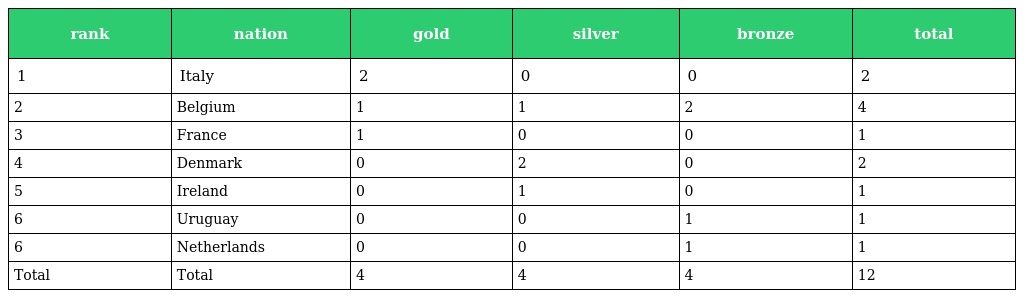
| rank | nation | gold | silver | bronze | total |
 | --- | --- | --- | --- | --- | --- |
 | 1 | Italy | 2 | 0 | 0 | 2 |
 | 2 | Belgium | 1 | 1 | 2 | 4 |
 | 3 | France | 1 | 0 | 0 | 1 |
 | 4 | Denmark | 0 | 2 | 0 | 2 |
 | 5 | Ireland | 0 | 1 | 0 | 1 |
 | 6 | Uruguay | 0 | 0 | 1 | 1 |
 | 6 | Netherlands | 0 | 0 | 1 | 1 |
 | Total | Total | 4 | 4 | 4 | 12 |